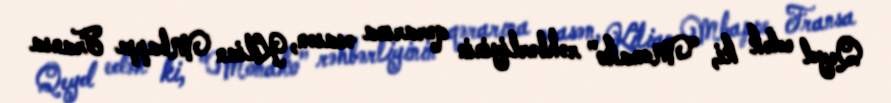
Qeyd edək ki, "Monako" rəhbərliyinin qərarına əsasən, Kilian Mbappe Fransa